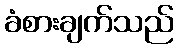
ခံစားချက်သည်